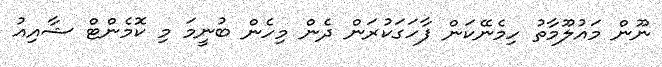
ނޫން މައުލޫމާތު ހިމެނޭކަން ފާހަގަކުރަން ދެން މިހެން ބުނީމަ މި ކޮމެންޓް ޝާއިއު